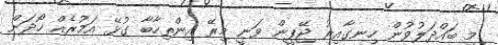
މި ބައްދަލުވުން ހިނގާއިރު ޖޭޕީން ވަނީ މިރޭ އިންތިހާބާ ގުޅޭ އަމުރެއް ހޯދަން